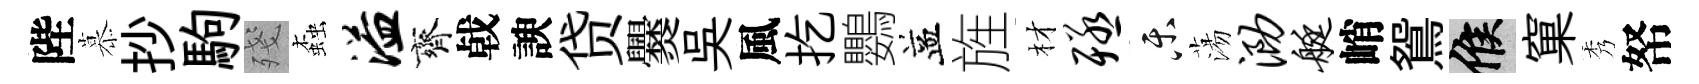
陛慕抄駒殘螙溢齊㦸諛贷爨吳風扢鸚益旌材殛乐蕩泐艇峭鴛候窠秀帑